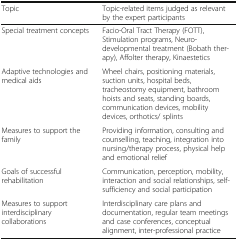
<table><thead><tr><td><b>Topic</b></td><td><b>Topic-related items judged as relevant by the expert participants</b></td></tr></thead><tbody><tr><td>Special treatment concepts</td><td>Facio-Oral Tract Therapy (FOTT), Stimulation programs, Neuro-developmental treatment (Bobath therapy), Affolter therapy, Kinaestetics</td></tr><tr><td>Adaptive technologies and medical aids</td><td>Wheel chairs, positioning materials, suction units, hospital beds, tracheostomy equipment, bathroom hoists and seats, standing boards, communication devices, mobility devices, orthotics/ splints</td></tr><tr><td>Measures to support the family</td><td>Providing information, consulting and counselling, teaching, integration into nursing/therapy process, physical help and emotional relief</td></tr><tr><td>Goals of successful rehabilitation</td><td>Communication, perception, mobility, interaction and social relationships, self- sufficiency and social participation</td></tr><tr><td>Measures to support interdisciplinary collaborations</td><td>Interdisciplinary care plans and documentation, regular team meetings and case conferences, conceptual alignment, inter-professional practice</td></tr></tbody></table>